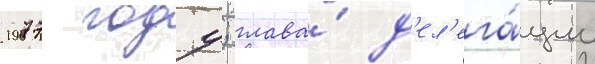
1977 году; глава́ д'ел'ега́ции